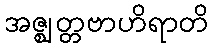
အဇ္ဈတ္တဗာဟိရာတိ